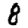
Digit: 8